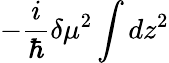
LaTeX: -\frac{i}{\hbar}\delta\mu^{2}\int dz^{2}